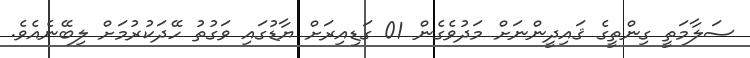
ސަލާމަތީ ގިންތީގެ ޤައިދީންނަށް މަދުވެގެން 01 ގަޑިއިރަށް ޔާޑުގައި ވަގުތު ހޭދަކުރުމަށް ލިބޭނެއެވެ.